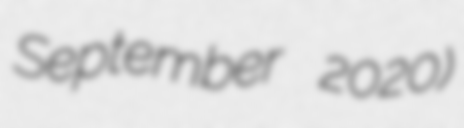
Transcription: September 2020)